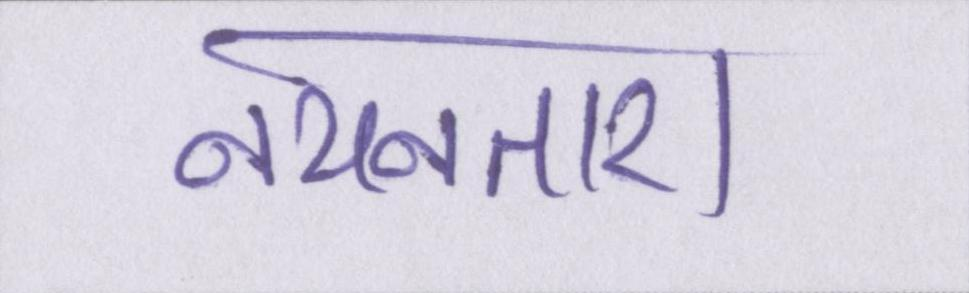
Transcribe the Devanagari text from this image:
नयनतारा